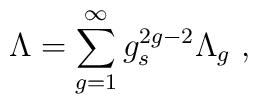
\Lambda =\sum_{g=1}^\infty g^{2g-2}_s \Lambda_g~,